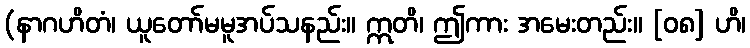
(နာဂဟိတံ၊ ယူတော်မမူအပ်သနည်း။ ဣတိ၊ ဤကား အမေးတည်း။ [၀၈] ဟိ၊